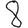
Digit: 8